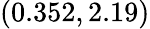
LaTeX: (0.352,2.19)